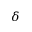
\delta